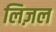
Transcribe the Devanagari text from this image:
लिज़ल